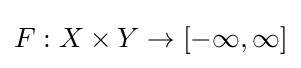
F:X\times Y\to [-\infty ,\infty ]